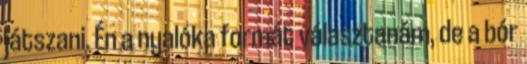
játszani. Én a nyalóka formát választanám, de a bór